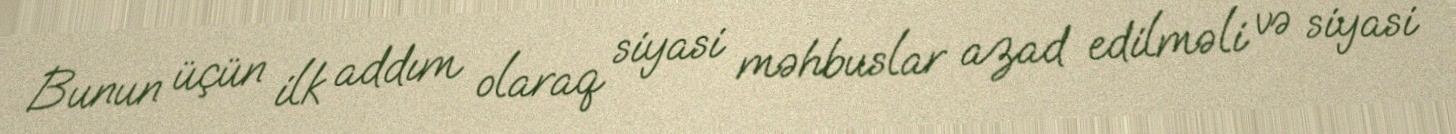
Bunun üçün ilk addım olaraq siyasi məhbuslar azad edilməli və siyasi